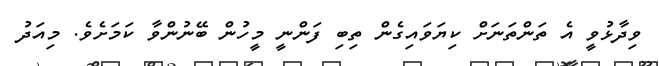
ވިދާޅުވީ އެ ތަންތަނަށް ކިޔަވައިގެން ތިބި ފަންނީ މީހުން ބޭނުންވާ ކަމަށެވެ. މިއަދު